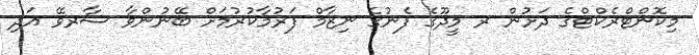
މިކޮންޓްރެކްޓްގެ ދަށުން ރ މީދޫގެ ފެނުގެ ނިޒާމް ފަރުމާކުރުމަށް ބޭނުންވާ ސާރވޭ އަދި